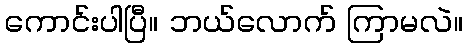
ကောင်းပါပြီ။ ဘယ်လောက် ကြာမလဲ။